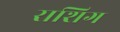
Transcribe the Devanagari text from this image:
राशिग